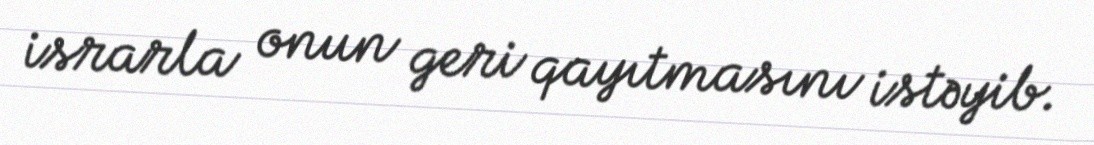
israrla onun geri qayıtmasını istəyib.